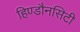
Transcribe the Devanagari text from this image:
हिण्डौनसिटी